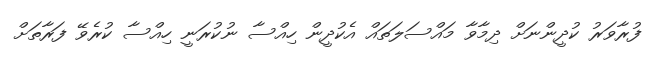
ފުރާވަރު ކުދީންނަށް ދިމާވާ މައްސަލަތައް އެކުދީން ހިއްސާ ނުކުރަނީ ހިއްސާ ކުރެވޭ ފަރާތަށް